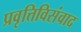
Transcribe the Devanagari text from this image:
प्रवृत्तिविसंवाद